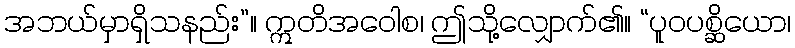
အဘယ်မှာရှိသနည်း”။ ဣတိအဝေါစ၊ ဤသို့လျှောက်၏။ “ပူဝပစ္ဆိယော၊